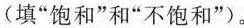
(填”饱和”和”不饱和”)。